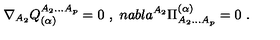
\nabla _ { A _ { 2 } } { Q _ { ( \alpha ) } ^ { A _ { 2 } . . . A _ { p } } } = 0 \ , \ n a b l a ^ { A _ { 2 } } { \Pi _ { A _ { 2 } . . . A _ { p } } ^ { ( \alpha ) } } = 0 \ .